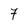
Character: 7